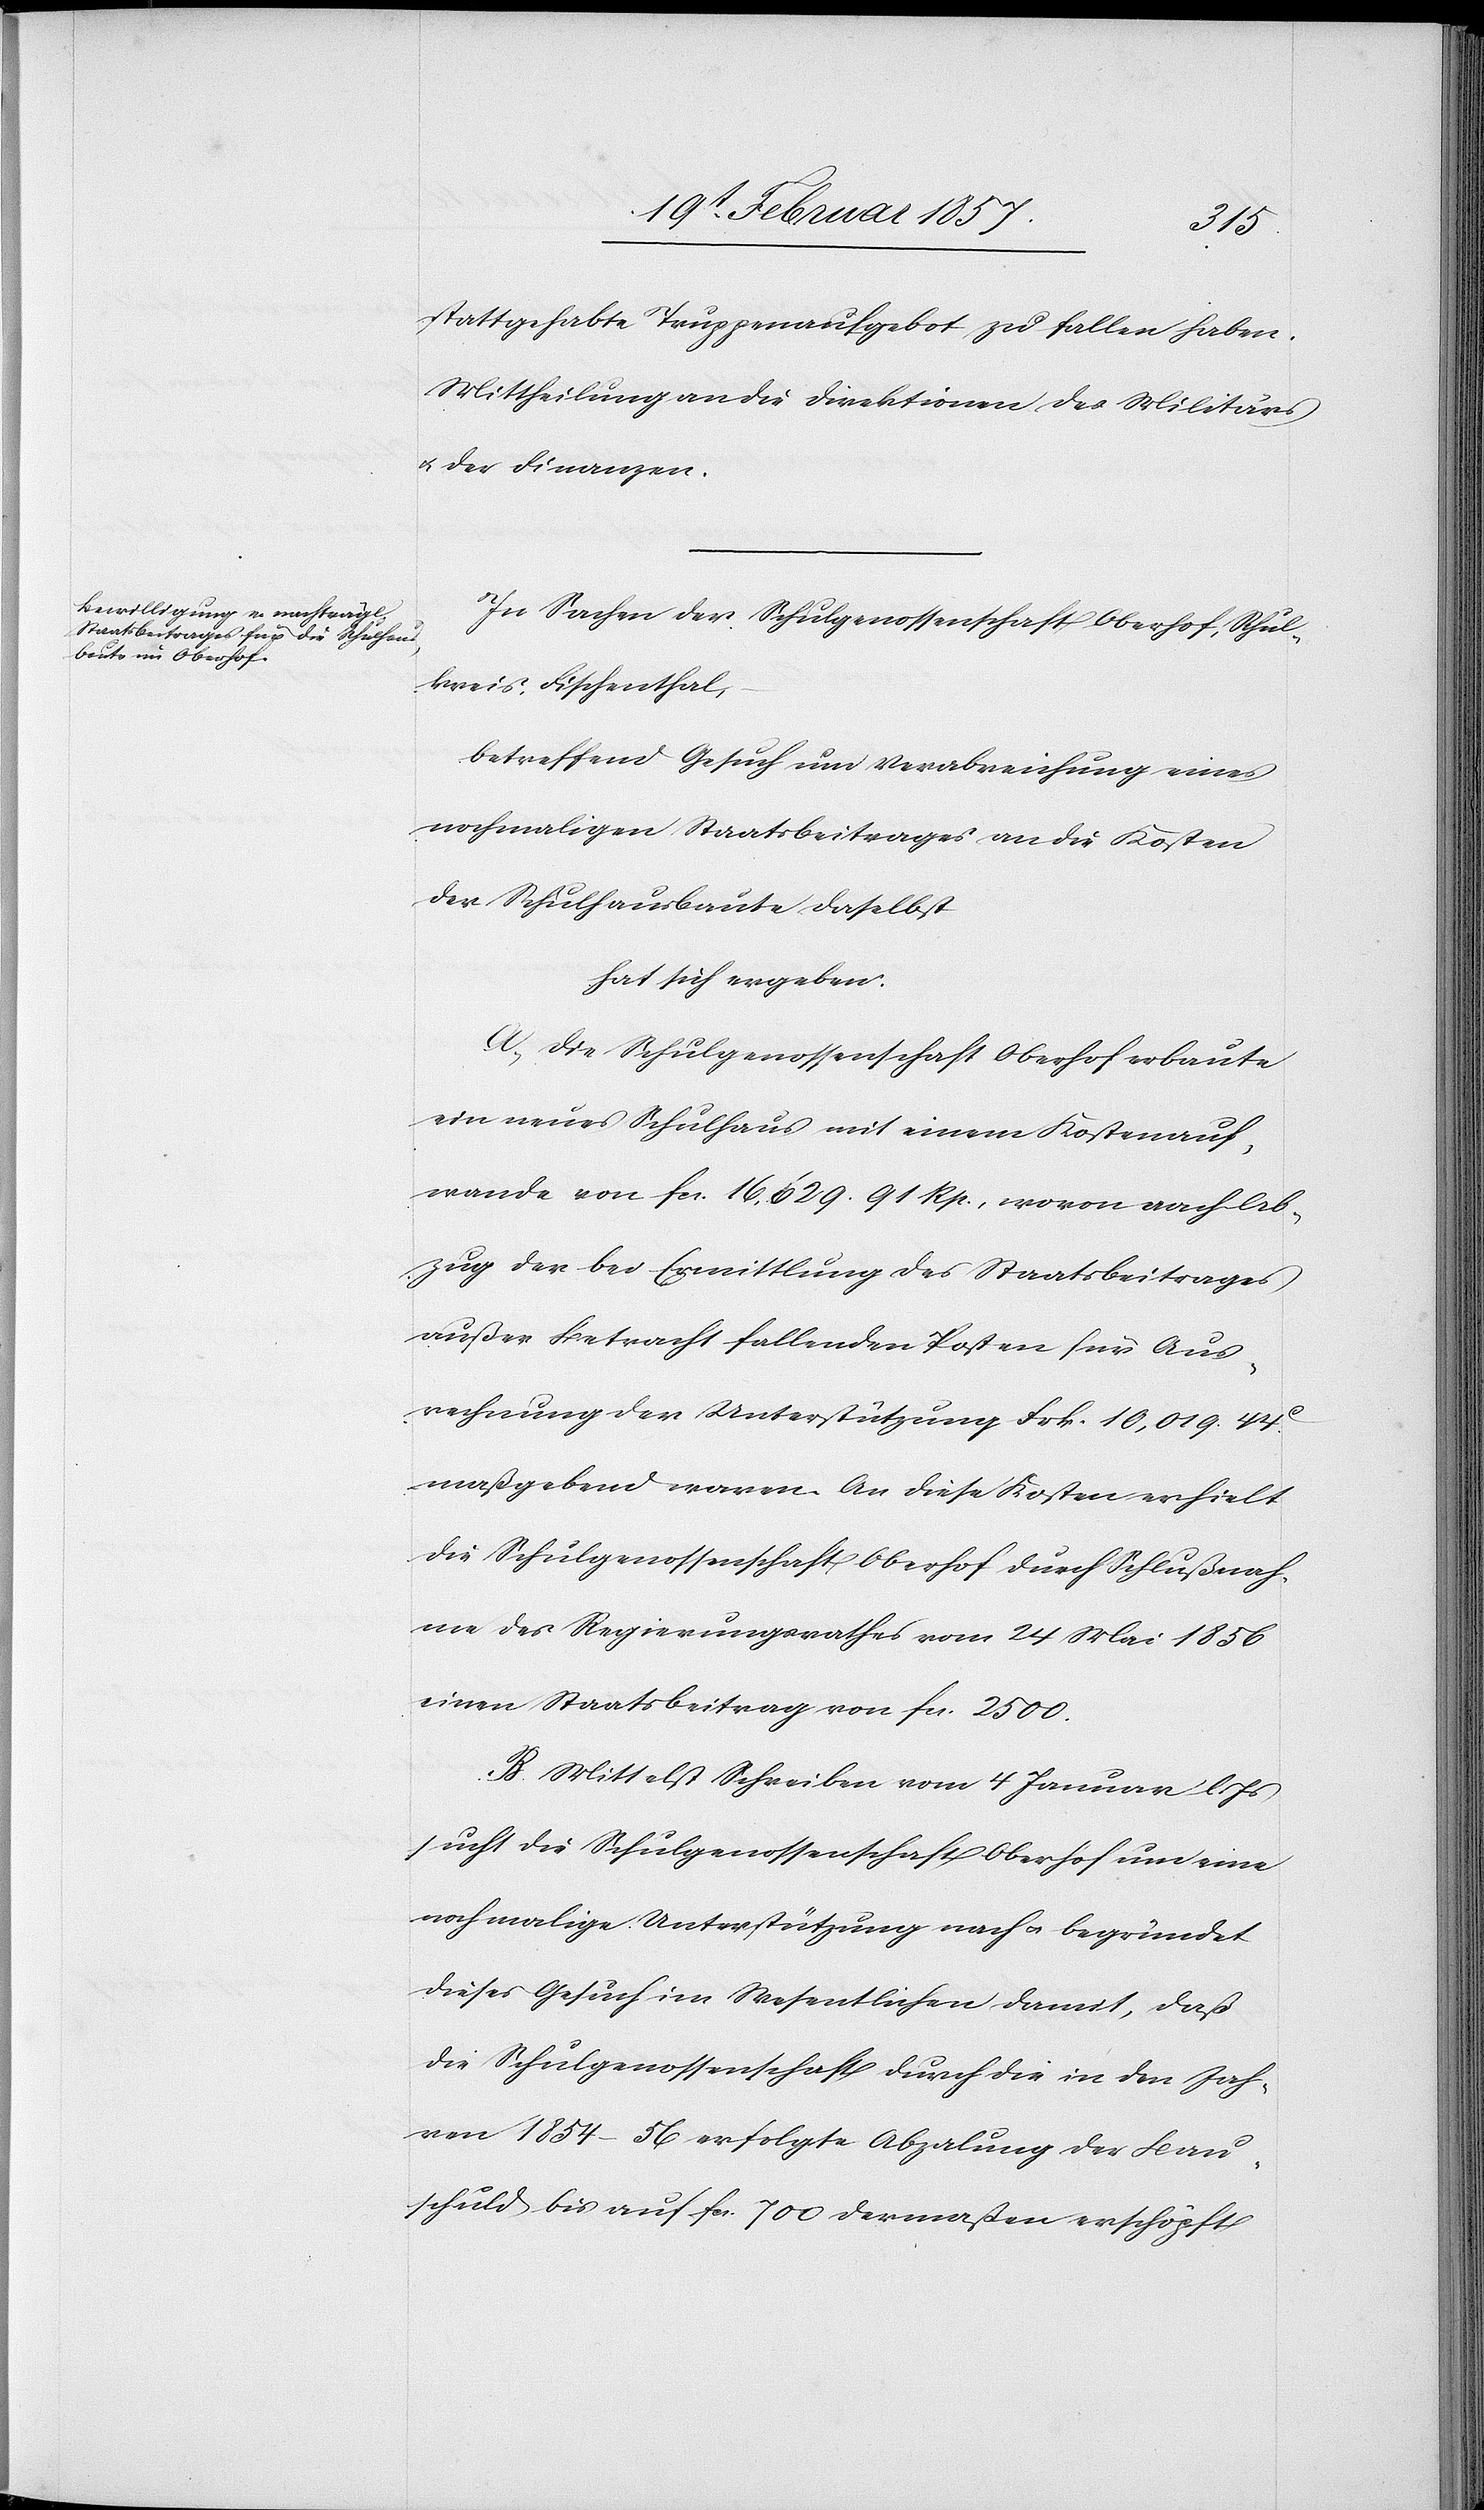
stattgehabte Truppenaufgebot zu fallen haben.
Mittheilung an die Direktion des Militärs
u. der Finanzen.
In Sachen der Schulgenossenschaft Oberhof, Schul¬
kreis Fischenthal,
betreffend Gesuch um Verabreichung eines
nochmaligen Staatsbeitrages an die Kosten
der Schulhausbaute daselbst
hat sich ergeben:
A. Die Schulgenossenschaft Oberhof erbaute
ein neues Schulhaus mit einem Kostenauf¬
wande von fr. 16,629. 91 Rp., wovon nach Ab¬
zug der bei Ermittlung des Staatsbeitrages
außer Betracht fallenden Posten für Aus¬
rechnung der Unterstützung Frk. 10,019. 44
maßgebend waren. An diese Kosten erhielt
die Schulgenossenschaft Oberhof durch Schlußnah¬
me des Regierungsrathes vom 24 Mai 1856
einen Staatsbeitrag von fr. 2500.
B. Mittelst Schreiben vom 4 Januar l.
sucht die Schulgenossenschaft Oberhof um eine
nochmalige Unterstützung nach u. begründet
dieses Gesuch im Wesentlichen damit, daß
die Schulgenossenschaft durch die in den Jah¬
ren 1854–56 erfolgte Abzalung der Bau¬
schuld bis auf fr. 700 dermaßen erschöpft